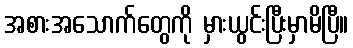
အစားအသောက်တွေကို မှားယွင်းပြီးမှာမိပြီ။